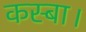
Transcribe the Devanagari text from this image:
कस्बा।